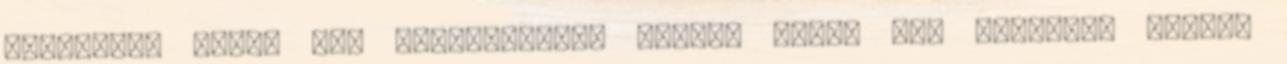
áramkört, amely egy akkumulátort kötött össze egy LED-del. Ezután